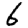
Digit: 6